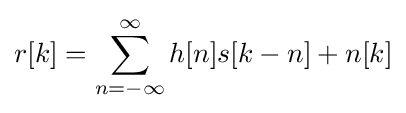
r[k]=\sum _{n=-\infty }^{\infty }h[n]s[k-n]+n[k]